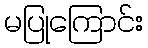
မပြုကြောင်း